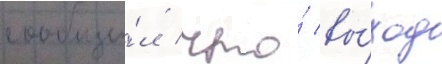
сообщи́л / что́ вы́ход